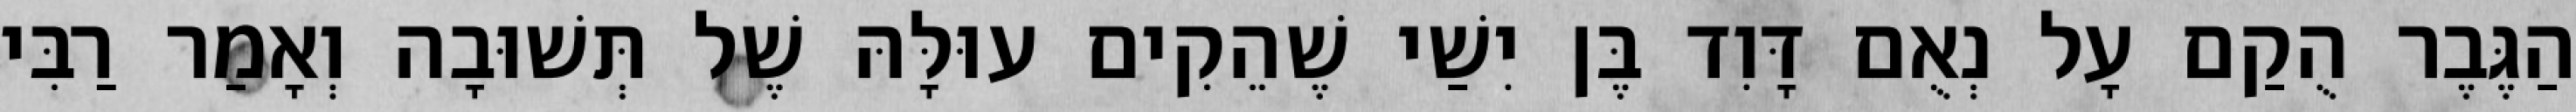
הַגֶּבֶר הֻקַם עָל נְאֻם דָּוִד בֶּן יִשַׁי שֶׁהֵקִים עוּלָּהּ שֶׁל תְּשׁוּבָה וְאָמַר רַבִּי